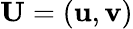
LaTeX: \mathbf{U}=\left(\mathbf{u},\mathbf{v}\right)